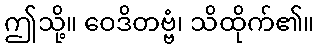
ဤသို့။ ဝေဒိတဗ္ဗံ၊ သိထိုက်၏။